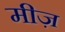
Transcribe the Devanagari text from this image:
मीज़